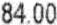
84.00